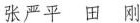
张严平 田 刚